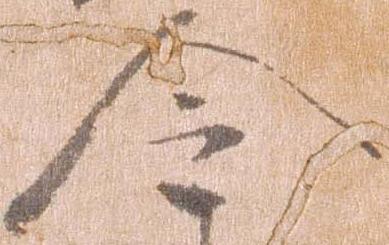
令